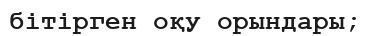
бітірген оқу орындары;